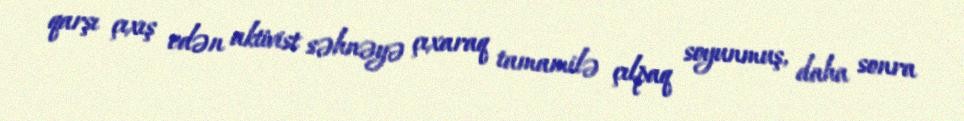
qarşı çıxış edən aktivist səhnəyə çıxaraq tamamilə çılpaq soyunmuş, daha sonra